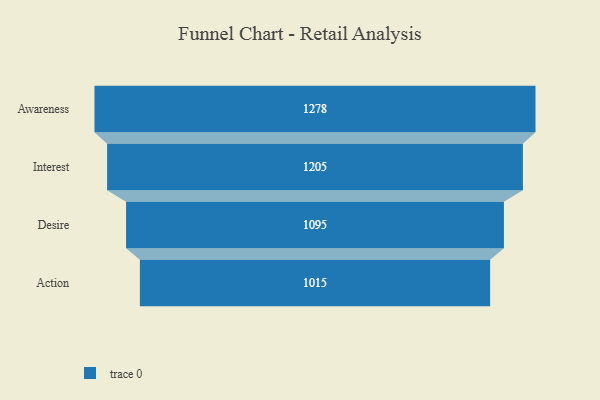
{"axis": {"x": "Stage", "y": "Value"}, "legend": [""], "data": [{"x": "Awareness", "y": 1278.0, "type": ""}, {"x": "Interest", "y": 1205.0, "type": ""}, {"x": "Desire", "y": 1095.0, "type": ""}, {"x": "Action", "y": 1015.0, "type": ""}]}